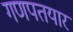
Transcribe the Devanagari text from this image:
गणपतयार